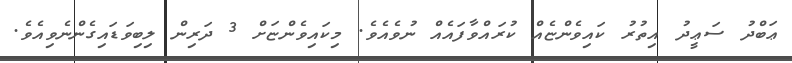
ޢަބްދު ސަޢީދު އިތުރު ކައިވެންޏެއް ކުރައްވާފައެއް ނުވެއެވެ. މިކައިވެންޏަށް 3 ދަރިން ލިބިވަޑައިގެންނެވިއެވެ.